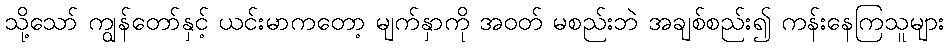
သို့သော် ကျွန်တော်နှင့် ယင်းမာကတော့ မျက်နှာကို အဝတ် မစည်းဘဲ အချစ်စည်း၍ ကန်းနေကြသူများ